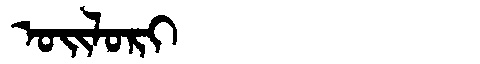
Manchu: ᠣᡳᠯᠣᡵᡳ
Romanization: OILORI